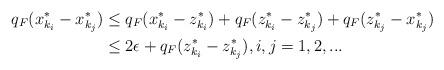
LaTeX: \begin{align*}q_{F}(x^{*}_{k_{i}}-x^{*}_{k_{j}})&\leq q_{F}(x^{*}_{k_{i}}-z^{*}_{k_{i}})+q_{F}(z^{*}_{k_{i}}-z^{*}_{k_{j}})+q_{F}(z^{*}_{k_{j}}-x^{*}_{k_{j}})\\&\leq 2\epsilon+q_{F}(z^{*}_{k_{i}}-z^{*}_{k_{j}}),i,j=1,2,...\\\end{align*}